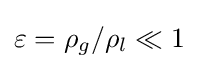
\varepsilon =\rho _{g}/\rho _{l}\ll 1